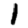
Digit: 1